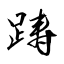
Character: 踌